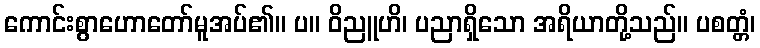
ကောင်းစွာဟောတော်မူအပ်၏။ ပ။ ဝိညူဟိ၊ ပညာရှိသော အရိယာတို့သည်။ ပစတ္တံ၊